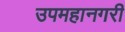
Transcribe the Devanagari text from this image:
उपमहानगरी